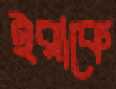
ইরাকে